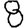
Digit: 8